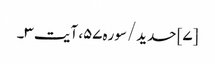
[۷] حدید/سوره۵۷، آیت ۳۔